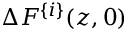
\Delta F ^ { \{ i \} } ( z , 0 )